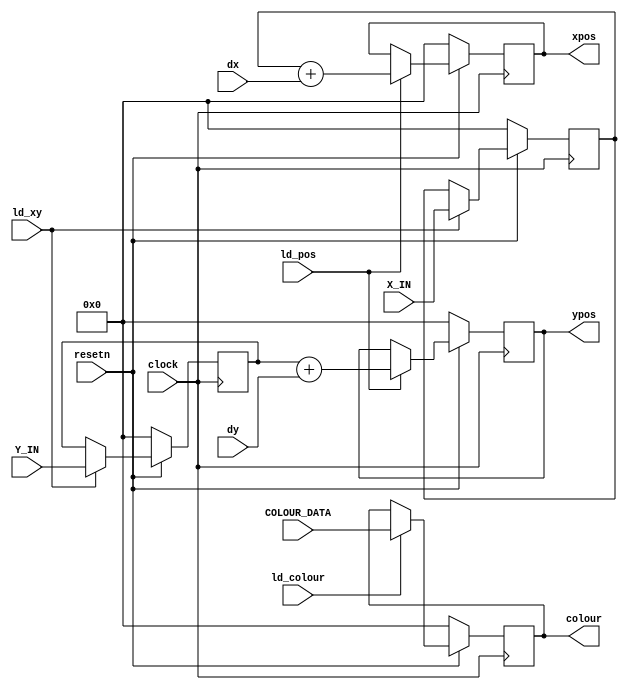
// Modifies data and outputs depending on control signals
module datapath(
	input clock,resetn,
	input[8:0] X_IN,Y_IN,
	input[8:0] COLOUR_DATA,
	input ld_xy,ld_colour,ld_pos,
	input[8:0] dx,dy,
	output reg[8:0] xpos,
	output reg[8:0] ypos,
	output reg[8:0] colour
	);
	
	// Internal registers
	reg[8:0] x,y;
	
	// Registers x,y,xpos,ypos and colour with input logic
	always @(posedge clock)
	begin
		if(!resetn) // Active low reset
		begin
			x <= 9'b0;
			y <= 9'b0;
			xpos <= 9'b0;
			ypos <= 9'b0;
			colour <= 9'b0;
		end
		else
		begin
			// x and register
			if(ld_xy)
			begin
				x <= X_IN;
				y <= Y_IN;
			end
			// xpos and ypos registers (for drawing shape)
			if(ld_pos)
			begin
				xpos <= x+dx;
				ypos <= y+dy;
			end
			// colour register
			if(ld_colour)
				colour <= COLOUR_DATA;
		end
	end
endmodule